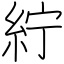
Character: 紵